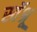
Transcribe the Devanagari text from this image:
स्वॅश्रू